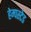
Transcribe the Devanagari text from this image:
हेम्पस्टेड